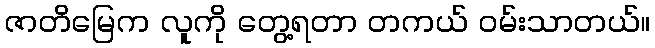
ဇာတိမြေက လူကို တွေ့ရတာ တကယ် ဝမ်းသာတယ်။